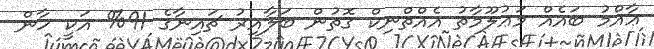
ޢާއްމު ބައެއް މަޢުލޫމާތު އެއްތްނިކް ގޮތުން ބަލާއިރު ޗައިނާގެ 91% އަކީ ހާން